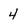
Character: 4